Document type: Oath
Year: 1405
Scribe: Guillem de Lledó
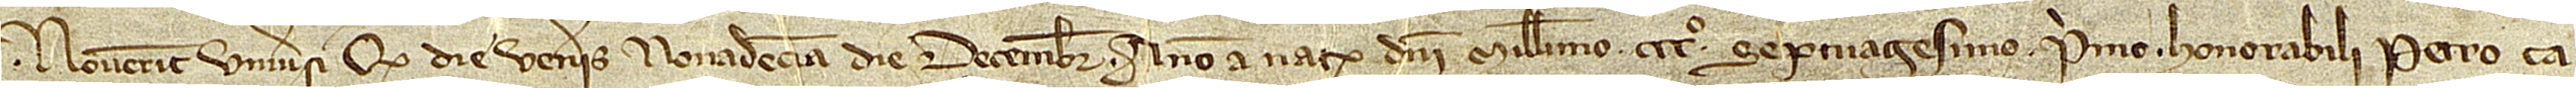
Noverint universi quod die veneris nonadecima die decembris, anno a Nativitate Domini millesimo CCCº septuagesimo primo, honorabili Petro ça